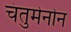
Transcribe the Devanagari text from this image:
चंतुमेनोन